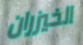
الخيزران